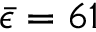
\bar { \epsilon } = 6 1 \